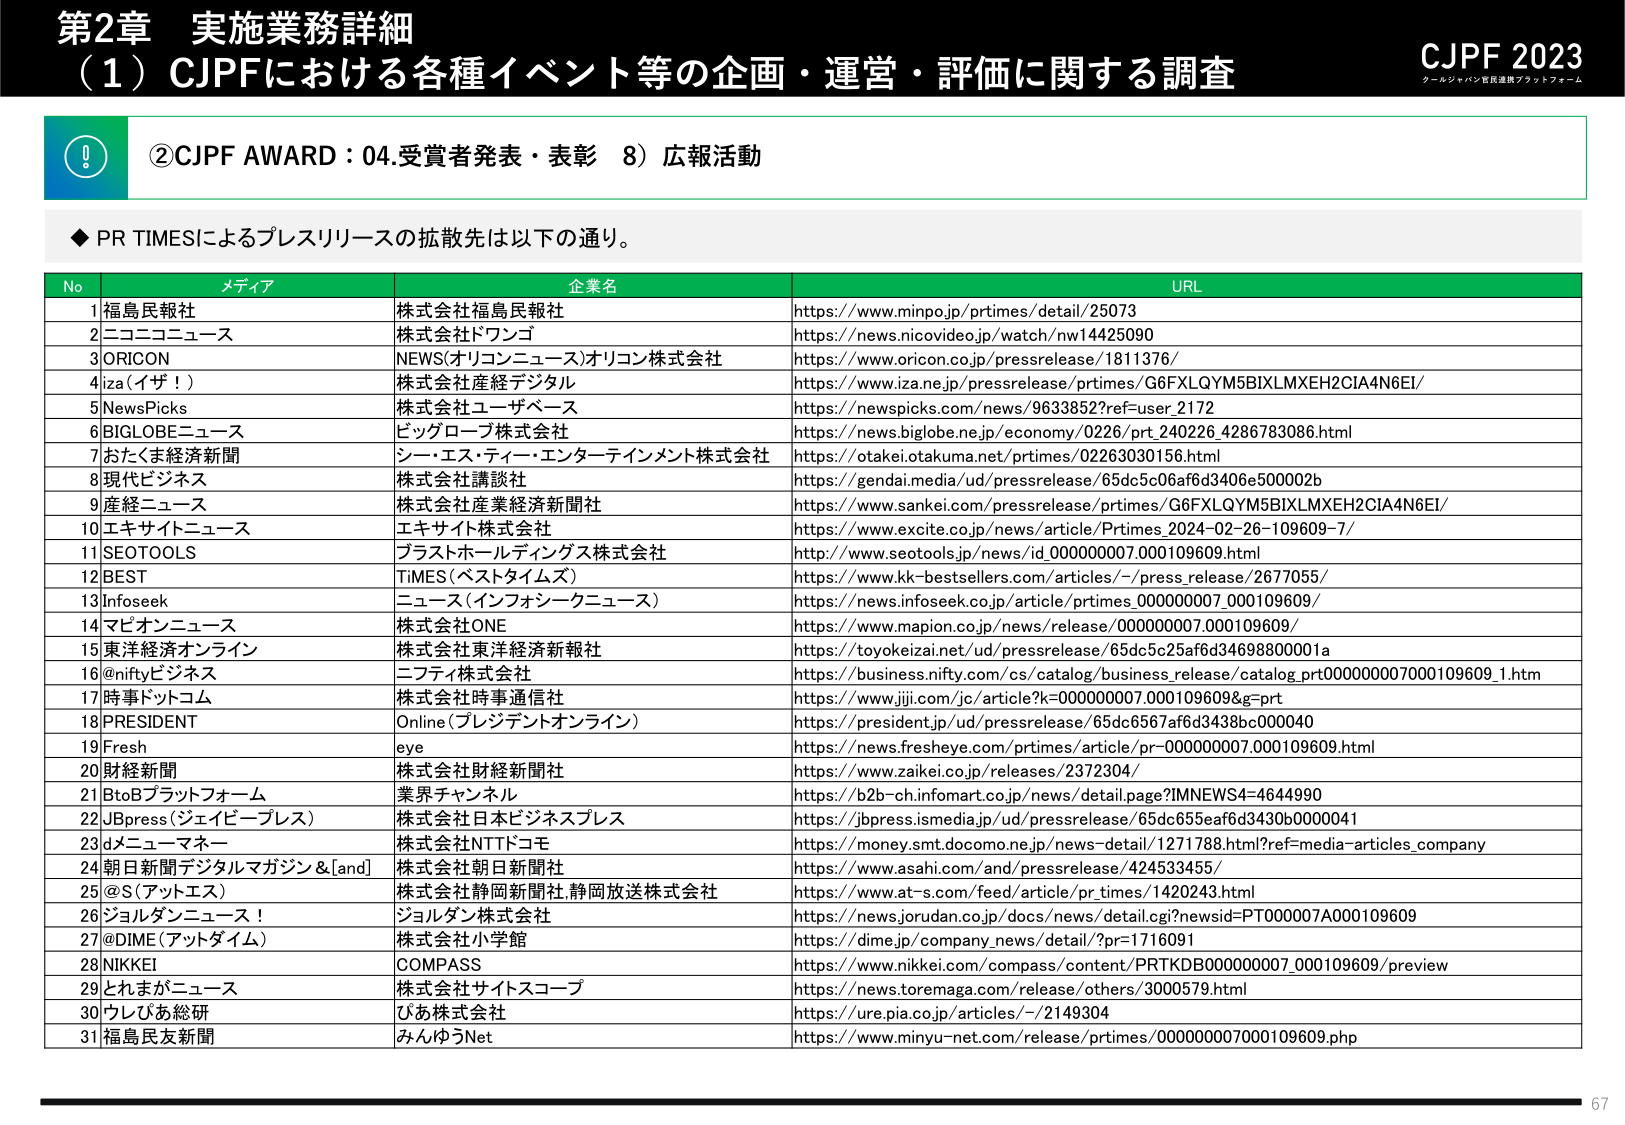
第2章 実施業務詳細
（1）CJPFにおける各種イベント等の企画・運営・評価に関する調査
CJPF 2023
クールジャパン官民連携プラットフォーム
②CJPF AWARD：04.受賞者発表・表彰 8）広報活動
◆ PR TIMESによるプレスリリースの拡散先は以下の通り。
No メディア 企業名 URL
1 福島民報社 株式会社福島民報社 https://www.minpo.jp/prtimes/detail/25073
2 ニコニコニュース 株式会社ドワンゴ https://news.nicovideo.jp/watch/nw14425090
3 ORICON NEWS(オリコンニュース)オリコン株式会社 https://www.oricon.co.jp/pressrelease/1811376/
4 iza（イザ！） 株式会社産経デジタル https://www.iza.ne.jp/pressrelease/prtimes/G6FXLQYM5BIXLMXEH2CIA4N6EI/
5 NewsPicks 株式会社ユーザベース https://newspicks.com/news/9633852?ref=user_2172
6 BIGLOBEニュース ビッグローブ株式会社 https://news.biglobe.ne.jp/economy/0226/prt_240226_4286783086.html
7 おたくま経済新聞 シー・エス・ティー・エンターテインメント株式会社 https://otakei.otakuma.net/prtimes/02263030156.html
8 現代ビジネス 株式会社講談社 https://gendai.media/ud/pressrelease/65dc5c06af6d3406e500002b
9 産経ニュース 株式会社産業経済新聞社 https://www.sankei.com/pressrelease/prtimes/G6FXLQYM5BIXLMXEH2CIA4N6EI/
10 エキサイトニュース エキサイト株式会社 https://www.excite.co.jp/news/article/Primes_2024-02-26-109609-7/
11 SEOTOOLS プラストホールディングス株式会社 http://www.seotools.jp/news/id_000000007.000109609.html
12 BEST TIMES（ベストタイムズ） https://www.kk-bestsellers.com/articles/-/press_release/2677055/
13 Infoseek ニュース（インフォシークニュース） https://news.infoseek.co.jp/article/prtimes_000000007.000109609/
14 マピオンニュース 株式会社ONE https://www.mapion.co.jp/news/release/000000007.000109609/
15 東洋経済オンライン 株式会社東洋経済新報社 https://toyokeizai.net/ud/pressrelease/65dc5c25af6d34698800001a
16 @niftyビジネス ニフティ株式会社 https://business.nifty.com/cs/catalog/business_release/catalog_pr000000007000109609_1.htm
17 時事ドットコム 株式会社時事通信社 https://www.jiji.com/jc/article?k=000000007.000109609&g=prt
18 PRESIDENT Online（プレジデントオンライン） https://president.jp/ud/pressrelease/65dc6567af6d3438bc000040
19 Fresh eye https://news.fresheye.com/prtimes/article/pr-000000007.000109609.html
20 財経新聞 株式会社財経新聞社 https://www.zaikai.co.jp/releases/2372304/
21 BtoBプラットフォーム 業界チャンネル https://b2b-ch.infomart.co.jp/news/detail.page?IMNEWS4=4644990
22 JBpress（ジェイビープレス） 株式会社日本ビジネスプレス https://jbpess.ismedia.jp/ud/pressrelease/65dc655eaf6d3430b0000041
23 dニューマネー 株式会社NTTドコモ https://money.smt.docomo.ne.jp/news-detail/1271788.html?ref=media-articles.company
24 朝日新聞デジタルマガジン＆[and] 株式会社朝日新聞社 https://www.asahi.com/and/pressrelease/424533455/
25 @S（アットエス） 株式会社静岡新聞社,静岡放送株式会社 https://www.at-s.com/feed/article/pr_times/1420243.html
26 ジョルダンニュース！ ジョルダン株式会社 https://news.jorudan.co.jp/docs/news/detail.cgi?newsid=PT000007A000109609
27 @DIME（アットタイム） 株式会社小学館 https://dime.jp/company.news/detail/?pr=1716091
28 NIKKEI COMPASS https://www.nikkei.com/compass/content/PRTKDB000000007_000109609/preview
29 とれまがニュース 株式会社サイトスコープ https://news.toremaga.com/release/others/3000579.html
30 ウレぴあ総研 ぴあ株式会社 https://ure.pia.co.jp/articles/-/2149304
31 福島民友新聞 みんゆうNet https://www.minyu-net.com/release/prtimes/000000007000109609.php
67